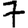
Digit: 7